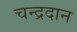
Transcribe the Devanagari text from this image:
चन्द्रदान